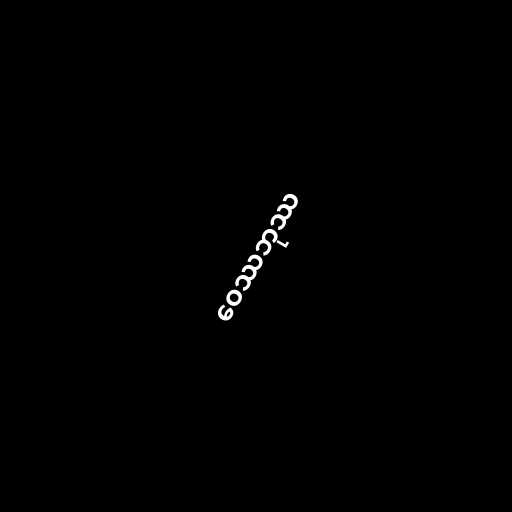
ဝေဿဘုဿ